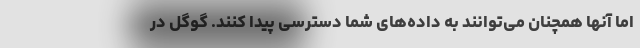
اما آنها همچنان می‌توانند به داده‌های شما دسترسی پیدا کنند. گوگل در